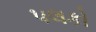
પલકો